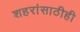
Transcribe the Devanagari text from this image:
शहरांसाठीही